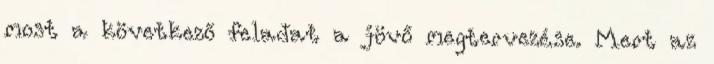
most a következő feladat a jövő megtervezése. Mert az